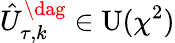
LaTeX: \hat{U}_{\tau,k}^{\dag}\in\operatorname{U}(\chi^{2})